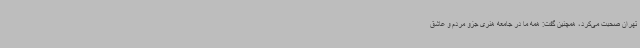
تهران صحبت می‌کرد، همچنین گفت: همه ما در جامعه هنری جزو مردم و عاشق